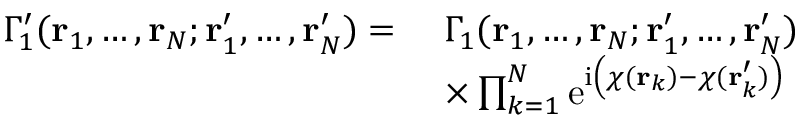
\begin{array} { r l } { \Gamma _ { 1 } ^ { \prime } ( \mathbf { r } _ { 1 } , \ldots , \mathbf { r } _ { N } ; \mathbf { r } _ { 1 } ^ { \prime } , \ldots , \mathbf { r } _ { N } ^ { \prime } ) = \; } & { \Gamma _ { 1 } ( \mathbf { r } _ { 1 } , \ldots , \mathbf { r } _ { N } ; \mathbf { r } _ { 1 } ^ { \prime } , \ldots , \mathbf { r } _ { N } ^ { \prime } ) } \\ & { \times \prod _ { k = 1 } ^ { N } \mathrm { e } ^ { \mathrm { i } \left( \chi ( \mathbf { r } _ { k } ) - \chi ( \mathbf { r } _ { k } ^ { \prime } ) \right) } } \end{array}